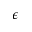
\epsilon